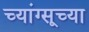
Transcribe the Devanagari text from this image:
च्यांग्सूच्या